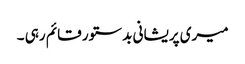
میری پریشانی بد ستور قائم رہی ۔